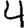
Digit: 4